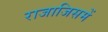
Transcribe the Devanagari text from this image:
राजाजिसमें